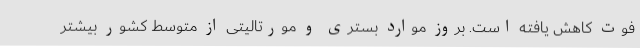
فوت کاهش یافته است. بروز موارد بستری و مورتالیتی از متوسط کشور بیشتر